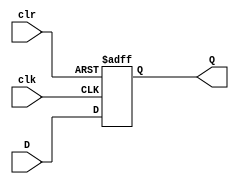
module dff_async_cl (
    input wire D,
    input wire clk,
    input wire clr,
    output reg Q
);

always @(posedge clk or posedge clr)
begin
    if (clr)
        Q <= 1'b0;
    else
        Q <= D;
end

endmodule